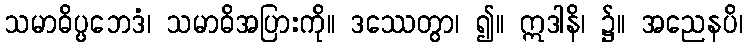
သမာဓိပ္ပဘေဒံ၊ သမာဓိအပြားကို။ ဒဿေတွာ၊ ၍။ ဣဒါနိ၊ ၌။ အညေနပိ၊